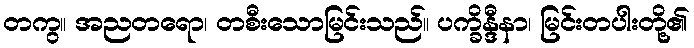
တကွ။ အညတရော၊ တစီးသောမြင်းသည်။ ပက္ခိန္ဒီနာ၊ မြင်းတပါးတို့၏